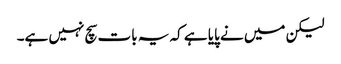
لیکن میں نے پایا ہے کہ یہ بات سچ نہیں ہے۔